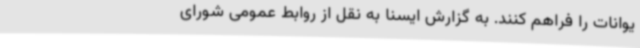
یوانات را فراهم کنند. به گزارش ایسنا به نقل از روابط عمومی شورای